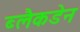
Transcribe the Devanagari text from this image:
ब्लैकडेन